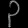
Digit: ၃